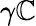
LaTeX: \gamma\mathbb{C}